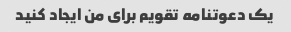
یک دعوتنامه تقویم برای من ایجاد کنید